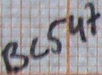
Text: BC547